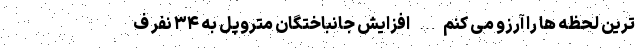
ترین لحظه ها را آرزو می کنم… افزایش جانباختگان متروپل به ۳۴ نفر ف